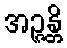
အဉ္ဇန္တိ